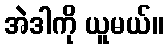
အဲဒါကို ယူမယ်။